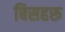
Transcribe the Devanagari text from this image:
बिसहरू